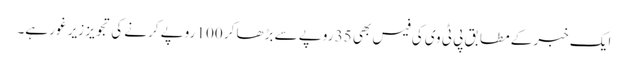
ایک خبر کے مطابق پی ٹی وی کی فیس بھی 35 روپے سے بڑھا کر 100 روپے کرنے کی تجویز زیر غور ہے۔